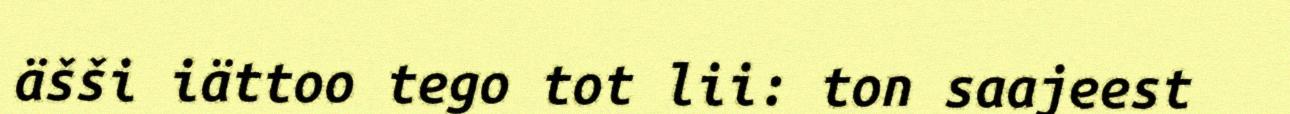
äšši iättoo tego tot lii: ton saajeest